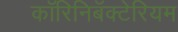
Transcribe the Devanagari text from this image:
कॉरिनिबॅक्टेरियम